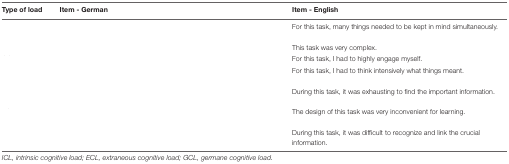
<table><thead><tr><td><b>Type of load</b></td><td><b>Item - German</b></td><td><b>Item - English</b></td></tr></thead><tbody><tr><td>[EMPTY_CELL]</td><td>[EMPTY_CELL]</td><td>For this task, many things needed to be kept in mind simultaneously.</td></tr><tr><td>[EMPTY_CELL]</td><td>[EMPTY_CELL]</td><td>This task was very complex.</td></tr><tr><td>[EMPTY_CELL]</td><td>[EMPTY_CELL]</td><td>For this task, I had to highly engage myself.</td></tr><tr><td>[EMPTY_CELL]</td><td>[EMPTY_CELL]</td><td>For this task, I had to think intensively what things meant.</td></tr><tr><td>[EMPTY_CELL]</td><td>[EMPTY_CELL]</td><td>During this task, it was exhausting to find the important information.</td></tr><tr><td>[EMPTY_CELL]</td><td>[EMPTY_CELL]</td><td>The design of this task was very inconvenient for learning.</td></tr><tr><td>[EMPTY_CELL]</td><td>[EMPTY_CELL]</td><td>During this task, it was difficult to recognize and link the crucial information.</td></tr></tbody></table>